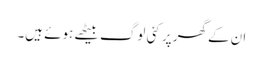
ان کے گھر پر کئی لوگ بیٹھے ہوئے ہیں۔